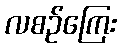
လစဉ်ကြေး